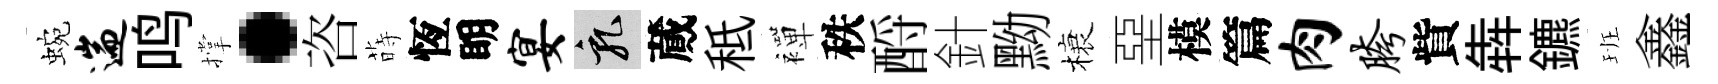
蜿遄鸣撑·咨蒔恆眀宴乳蕆秪襌秩酹針黝榱堊模篇肉胯貲犇鑣班鑫